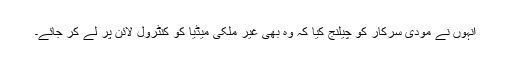
انہوں نے مودی سرکار کو چیلنج کیا کہ وہ بھی غیر ملکی میڈیا کو کنٹرول لائن پر لے کر جائے۔